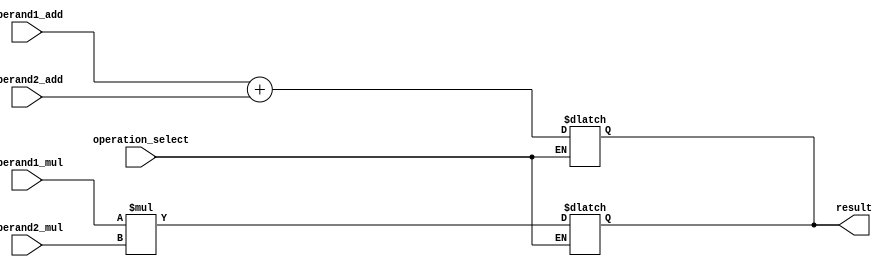
module double_precision_floating_point_unit (
    input [63:0] operand1_add,
    input [63:0] operand2_add,
    input [63:0] operand1_mul,
    input [63:0] operand2_mul,
    input operation_select, // 0 for addition, 1 for multiplication
    output reg [63:0] result
);

// Addition block
always @(*) begin
    if(operation_select == 0) begin
        result = operand1_add + operand2_add; // Perform addition
    end
end

// Multiplication block
always @(*) begin
    if(operation_select == 1) begin
        result = operand1_mul * operand2_mul; // Perform multiplication
    end
end

// Add error detection and handling mechanisms here
// For handling overflow, underflow, and other exceptional conditions

endmodule